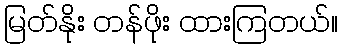
မြတ်နိုး တန်ဖိုး ထားကြတယ်။